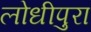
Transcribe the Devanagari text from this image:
लोधीपुरा